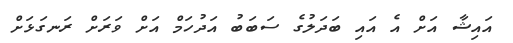
އައިޝާ އަށް އެ އައި ބަދަލުގެ ސަބަބު އަދުހަމް އަށް ވަރަށް ރަނގަޅަށް